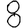
Digit: 8